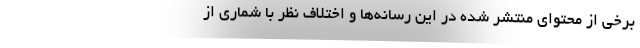
برخی از محتوای منتشر شده در این رسانه‌ها و اختلاف نظر با شماری از